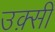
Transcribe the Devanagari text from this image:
उक़्सी